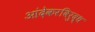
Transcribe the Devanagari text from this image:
आंदेकरविरुद्ध